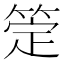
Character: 𬕖